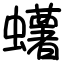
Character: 蠴